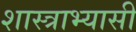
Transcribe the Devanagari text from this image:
शास्त्राभ्यासी